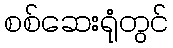
စစ်ဆေးရုံတွင်